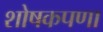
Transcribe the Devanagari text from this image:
शोषकपणा